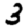
Digit: 3